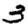
Digit: 3